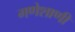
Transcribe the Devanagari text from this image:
गणेशाणी